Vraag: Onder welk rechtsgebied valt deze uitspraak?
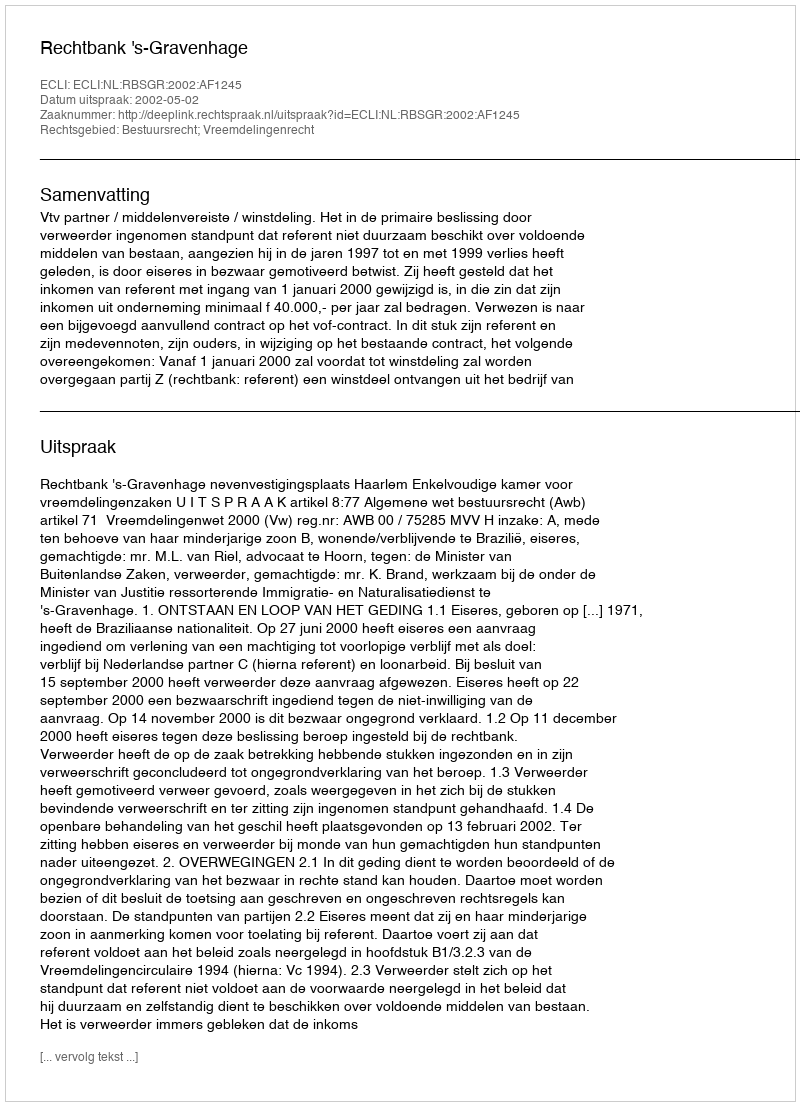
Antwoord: Bestuursrecht; Vreemdelingenrecht